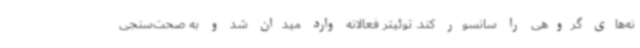
نه‌های گروهی را سانسور کند. توئیتر فعالانه وارد میدان شد و به صحت‌سنجی